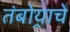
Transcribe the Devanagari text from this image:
तंबोर्‍याचे